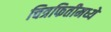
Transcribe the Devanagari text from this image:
चित्रफितीमध्ये